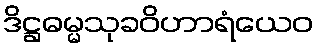
ဒိဋ္ဌဓမ္မသုခဝိဟာရံယေဝ